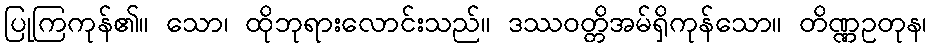
ပြုကြကုန်၏။ သော၊ ထိုဘုရားလောင်းသည်။ ဒဿဝတ္တိအမ်ရှိကုန်သော။ တိဏ္ဏဥတုန၊